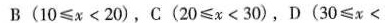
B(10\le x\lt20)，C(20\le x\lt30)，D(30\le x\lt